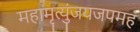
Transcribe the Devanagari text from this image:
महामृत्युंजयजपमहं